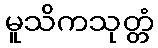
မူသိကသုတ္တံ